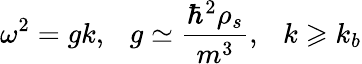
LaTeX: \omega^{2}=gk,~~~g\simeq\frac{\hbar^{2}\rho_{s}}{m^{3}},~~~k\geqslant k_{b}